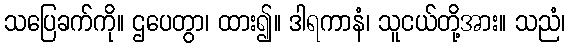
သပြေခက်ကို။ ဌပေတွာ၊ ထား၍။ ဒါရကာနံ၊ သူငယ်တို့အား။ သညံ၊